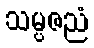
သမ္ပဇညံ